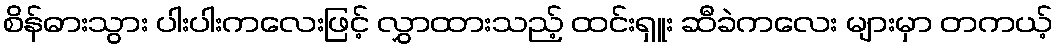
စိန်ဓားသွား ပါးပါးကလေးဖြင့် လွှာထားသည့် ထင်းရှူး ဆီခဲကလေး များမှာ တကယ့်